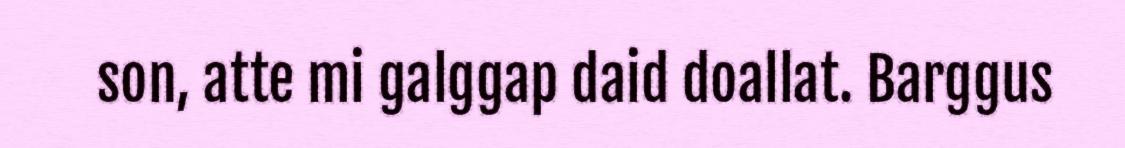
son, atte mi galggap daid doallat. Barggus